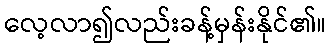
လေ့လာ၍လည်းခန့်မှန်းနိုင်၏။